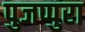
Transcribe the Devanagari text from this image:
पुजप्पुरा